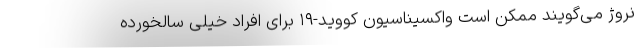
نروژ می‌گویند ممکن است واکسیناسیون کووید-۱۹ برای افراد خیلی سالخورده